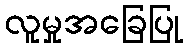
လူမှုအခြေပြု